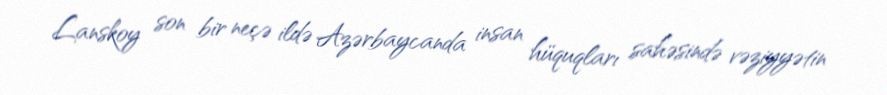
Lanskoy son bir neçə ildə Azərbaycanda insan hüquqları sahəsində vəziyyətin